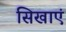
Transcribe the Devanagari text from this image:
सिखाएं